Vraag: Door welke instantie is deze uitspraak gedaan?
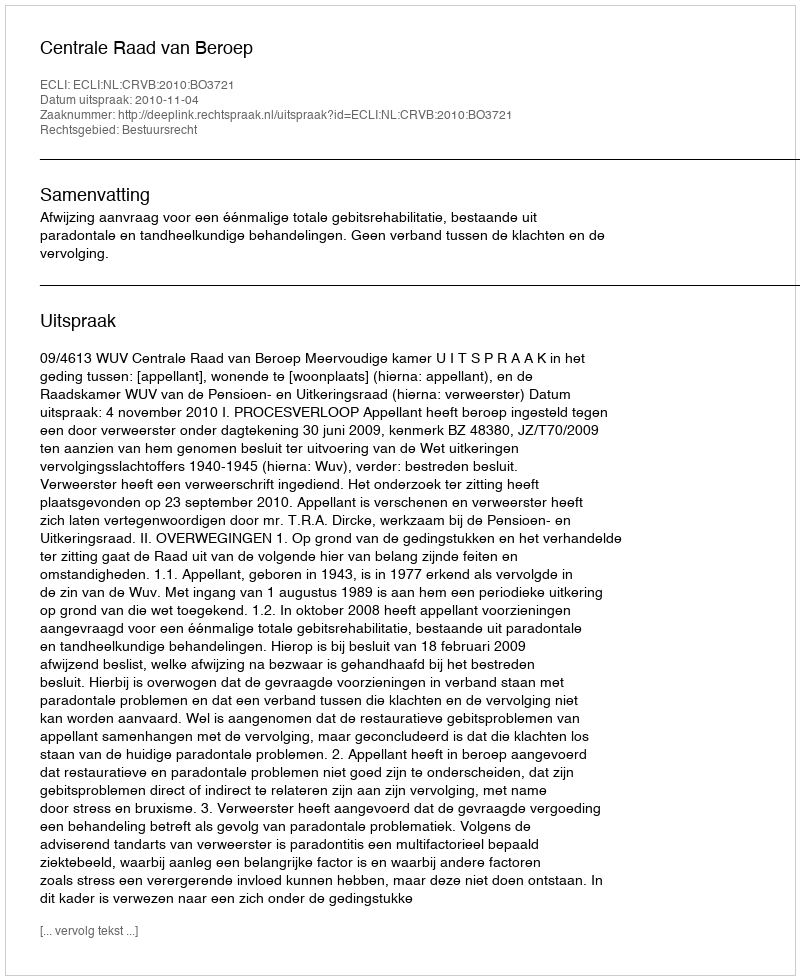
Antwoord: Centrale Raad van Beroep